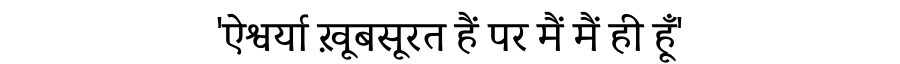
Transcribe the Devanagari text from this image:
'ऐश्वर्या ख़ूबसूरत हैं पर मैं मैं ही हूँ'